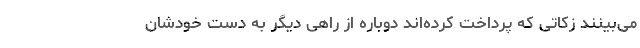
می‌بینند زکاتی که پرداخت کرده‌اند دوباره از راهی دیگر به دست خودشان